Account of plague administration in the Bombay Presidency from September 1896 till May 1897
Year: 1896
Disease focus: Plague
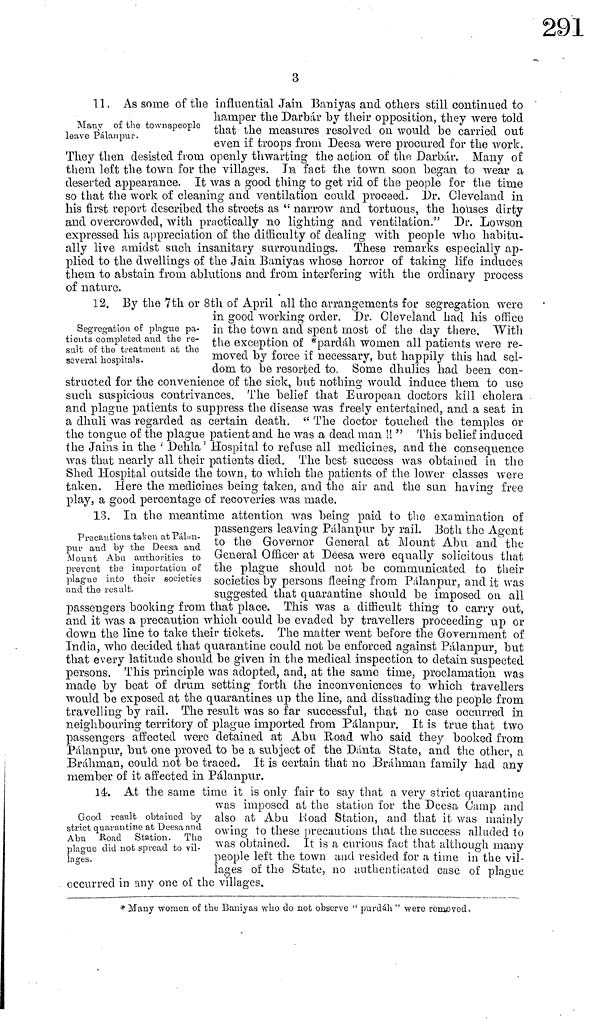
3
Many of the townspeople
leave Pálanpus.
11. As some of the influential Jain Baniyas and others still continued to
hamper the Darbár by their opposition, they were told
that the measures resolved on would he carried out
even if troops from Deesa were procured for the work.
They then desisted from openly thwarting the action of the Darbár. Many of
them left the town for the villages. In fact the town soon began to wear a
deserted appearance. It was a good thing to get rid of the people for the time
so that the work of cleaning and ventilation could proceed. Dr. Cleveland in
Ms first report described the streets as " narrow and tortuous, the houses dirty
and overcrowded, with practically no lighting and ventilation." Dr. Lowson
expressed his appreciation of the difficulty of dealing with people who habitu-
ally live amidst such insanitary surroundings. These remarks especially ap-
plied to the dwellings of the Jain Baniyas whose horror of taking life induces
them to abstain from ablutions and from interfering with the ordinary process
of nature.
Segregation of plague pa-
tients completed and the re-
sult of the treatment at the
several hospitals.
12. By the 7th or 8th of April all the arrangements for segregation were
in good working order. Dr. Cleveland had lus office
in the town and spent most of the day there. With
the exception of *pardáh women all patients were re-
moved by force if necessary, but happily this had sel-
dom to be resorted to. Some dhulies had been con-
structed for the convenience of the sick, but nothing would induce them to use
such suspicious contrivances. The belief that European doctors kill cholera
and plague patients to suppress the disease was freely entertained, and a seat in
a dhuli was regarded as certain death. " The doctor touched the temples or
the tongue of the plague patient and he was a dead man !! " This belief induced
the Jains in the ' Delila ' Hospital to refuse all medicines, and the consequence
was that nearly all their patients died. The best success was obtained in the
Shed Hospital outside the town, to which the patients of the lower classes were
taken. Here the medicines being taken, and the air and the sun having free
play, a good percentage of recoveries was made.
Precautions tauen at Pálan-
pur and by the Deesa and
Mount Aba authorities to
prevent the importation oí
plague into their societies
and the result.
13. In the meantime attention was being paid to the examination of
passengers leaving Palanpur by rail. Both the Agent
to the Governor General at Mount Abu and" the
General Officer at Deesa were equally solicitous that
the plague should not be communicated to their
societies by persons fleeing from Pálanpur, and it was
suggested that quarantine should be imposed on all
passengers booking from that place, This was a difficult tiling to carry out,
and it was a precaution which could be evaded by travellers proceeding up or
down the line to take their tickets. The matter went before the Government of
India, who decided that quarantine could not be enforced against Pálanpur, but
that every latitude should be given in the medical inspection to detain suspected
persons. This principle was adopted, and, at the same time, proclamation was
made by beat of drum setting forth the inconveniences to which travellers
would be exposed at the quarantines up the line, and dissuading the people from
travelling by rail. The result was so far successful, that no case occurred in
neighbouring territory of plague imported from Pálanpur. It is true that two
passengers affected were detained at Abu Road who said they booked from
Pálanpur, but one proved to be a subject of the Danta State, and the other, a
Brahman, could not be traced. It is certain that no Brahman family had any
member of it affected in Pálanpur.
Good result obtained by
strict quarantine at Deesa and
Aba Road Station. The
plague did not spread to vil-
lages.
14. At the same time it is only fair to say that a very strict quarantine
was imposed at the station for the Deesa Camp and
also at Aba Road Station, and that it was mainly
owing to these precautions that the success alluded to
was obtained. It is a curious fact that although many
people left the town and resided for a time in the vil-
lages of the State, no authenticated case of plague
occurred in any one of the villages.
* Many women of the Baniyas who do not observe " purdah " were removed,